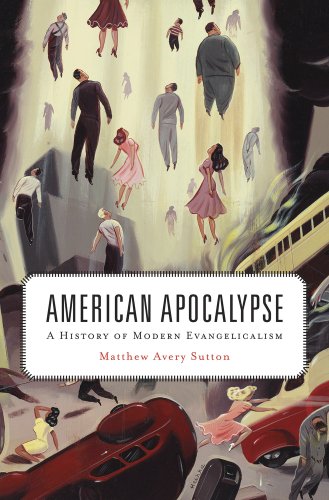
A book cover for American Apocalypse: A History of Modern Evangelicalism; Matthew Avery Sutton; Religion & Spirituality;